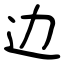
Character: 边